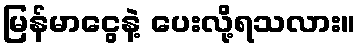
မြန်မာငွေနဲ့ ပေးလို့ရသလား။